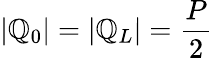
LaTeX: |\mathbb{Q}_{0}|=|\mathbb{Q}_{L}|={\frac{{P}}{{2}}}